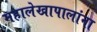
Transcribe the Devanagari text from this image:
महालेखापालांना